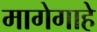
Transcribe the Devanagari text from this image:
मागेगाहे